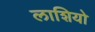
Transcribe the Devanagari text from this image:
लाशियो